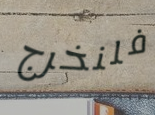
فلنخرج